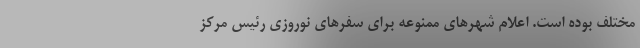
مختلف بوده است. اعلام شهرهای ممنوعه برای سفرهای نوروزی رئیس مرکز